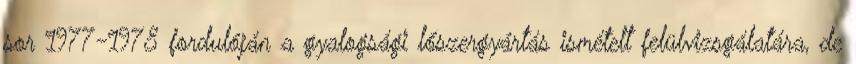
sor 1977-1978 fordulóján a gyalogsági lőszergyártás ismételt felülvizsgálatára, de